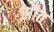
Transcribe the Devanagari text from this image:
स्रौत